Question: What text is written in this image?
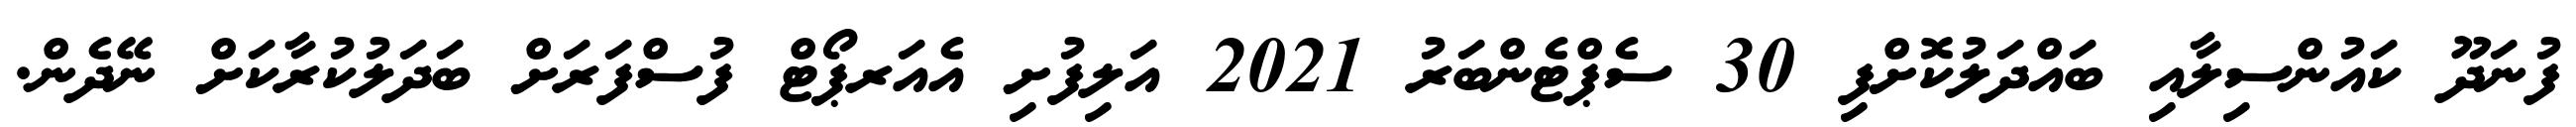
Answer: ފުނަދޫ ކައުންސިލާއި ބައްދަލުކޮށްފި 30 ސެޕްޓެންބަރު 2021 އަލިފުށި އެއަރޕޯޓް ފުސްފަރަށް ބަދަލުކުރާކަށް ނޭދެން.